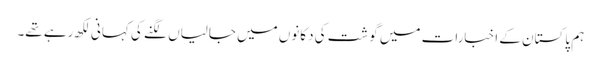
ہم پاکستان کے اخبارات میں گوشت کی دکانوں میں جالیاں لگنے کی کہانی لکھ رہے تھے۔